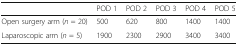
|  | POD 1 | POD 2 | POD 3 | POD 4 | POD 5 |
 | --- | --- | --- | --- | --- | --- |
 | Open surgery arm (n = 20) | 500 | 620 | 800 | 1400 | 1400 |
 | Laparoscopic arm (n = 5) | 1900 | 2300 | 2900 | 3400 | 3400 |